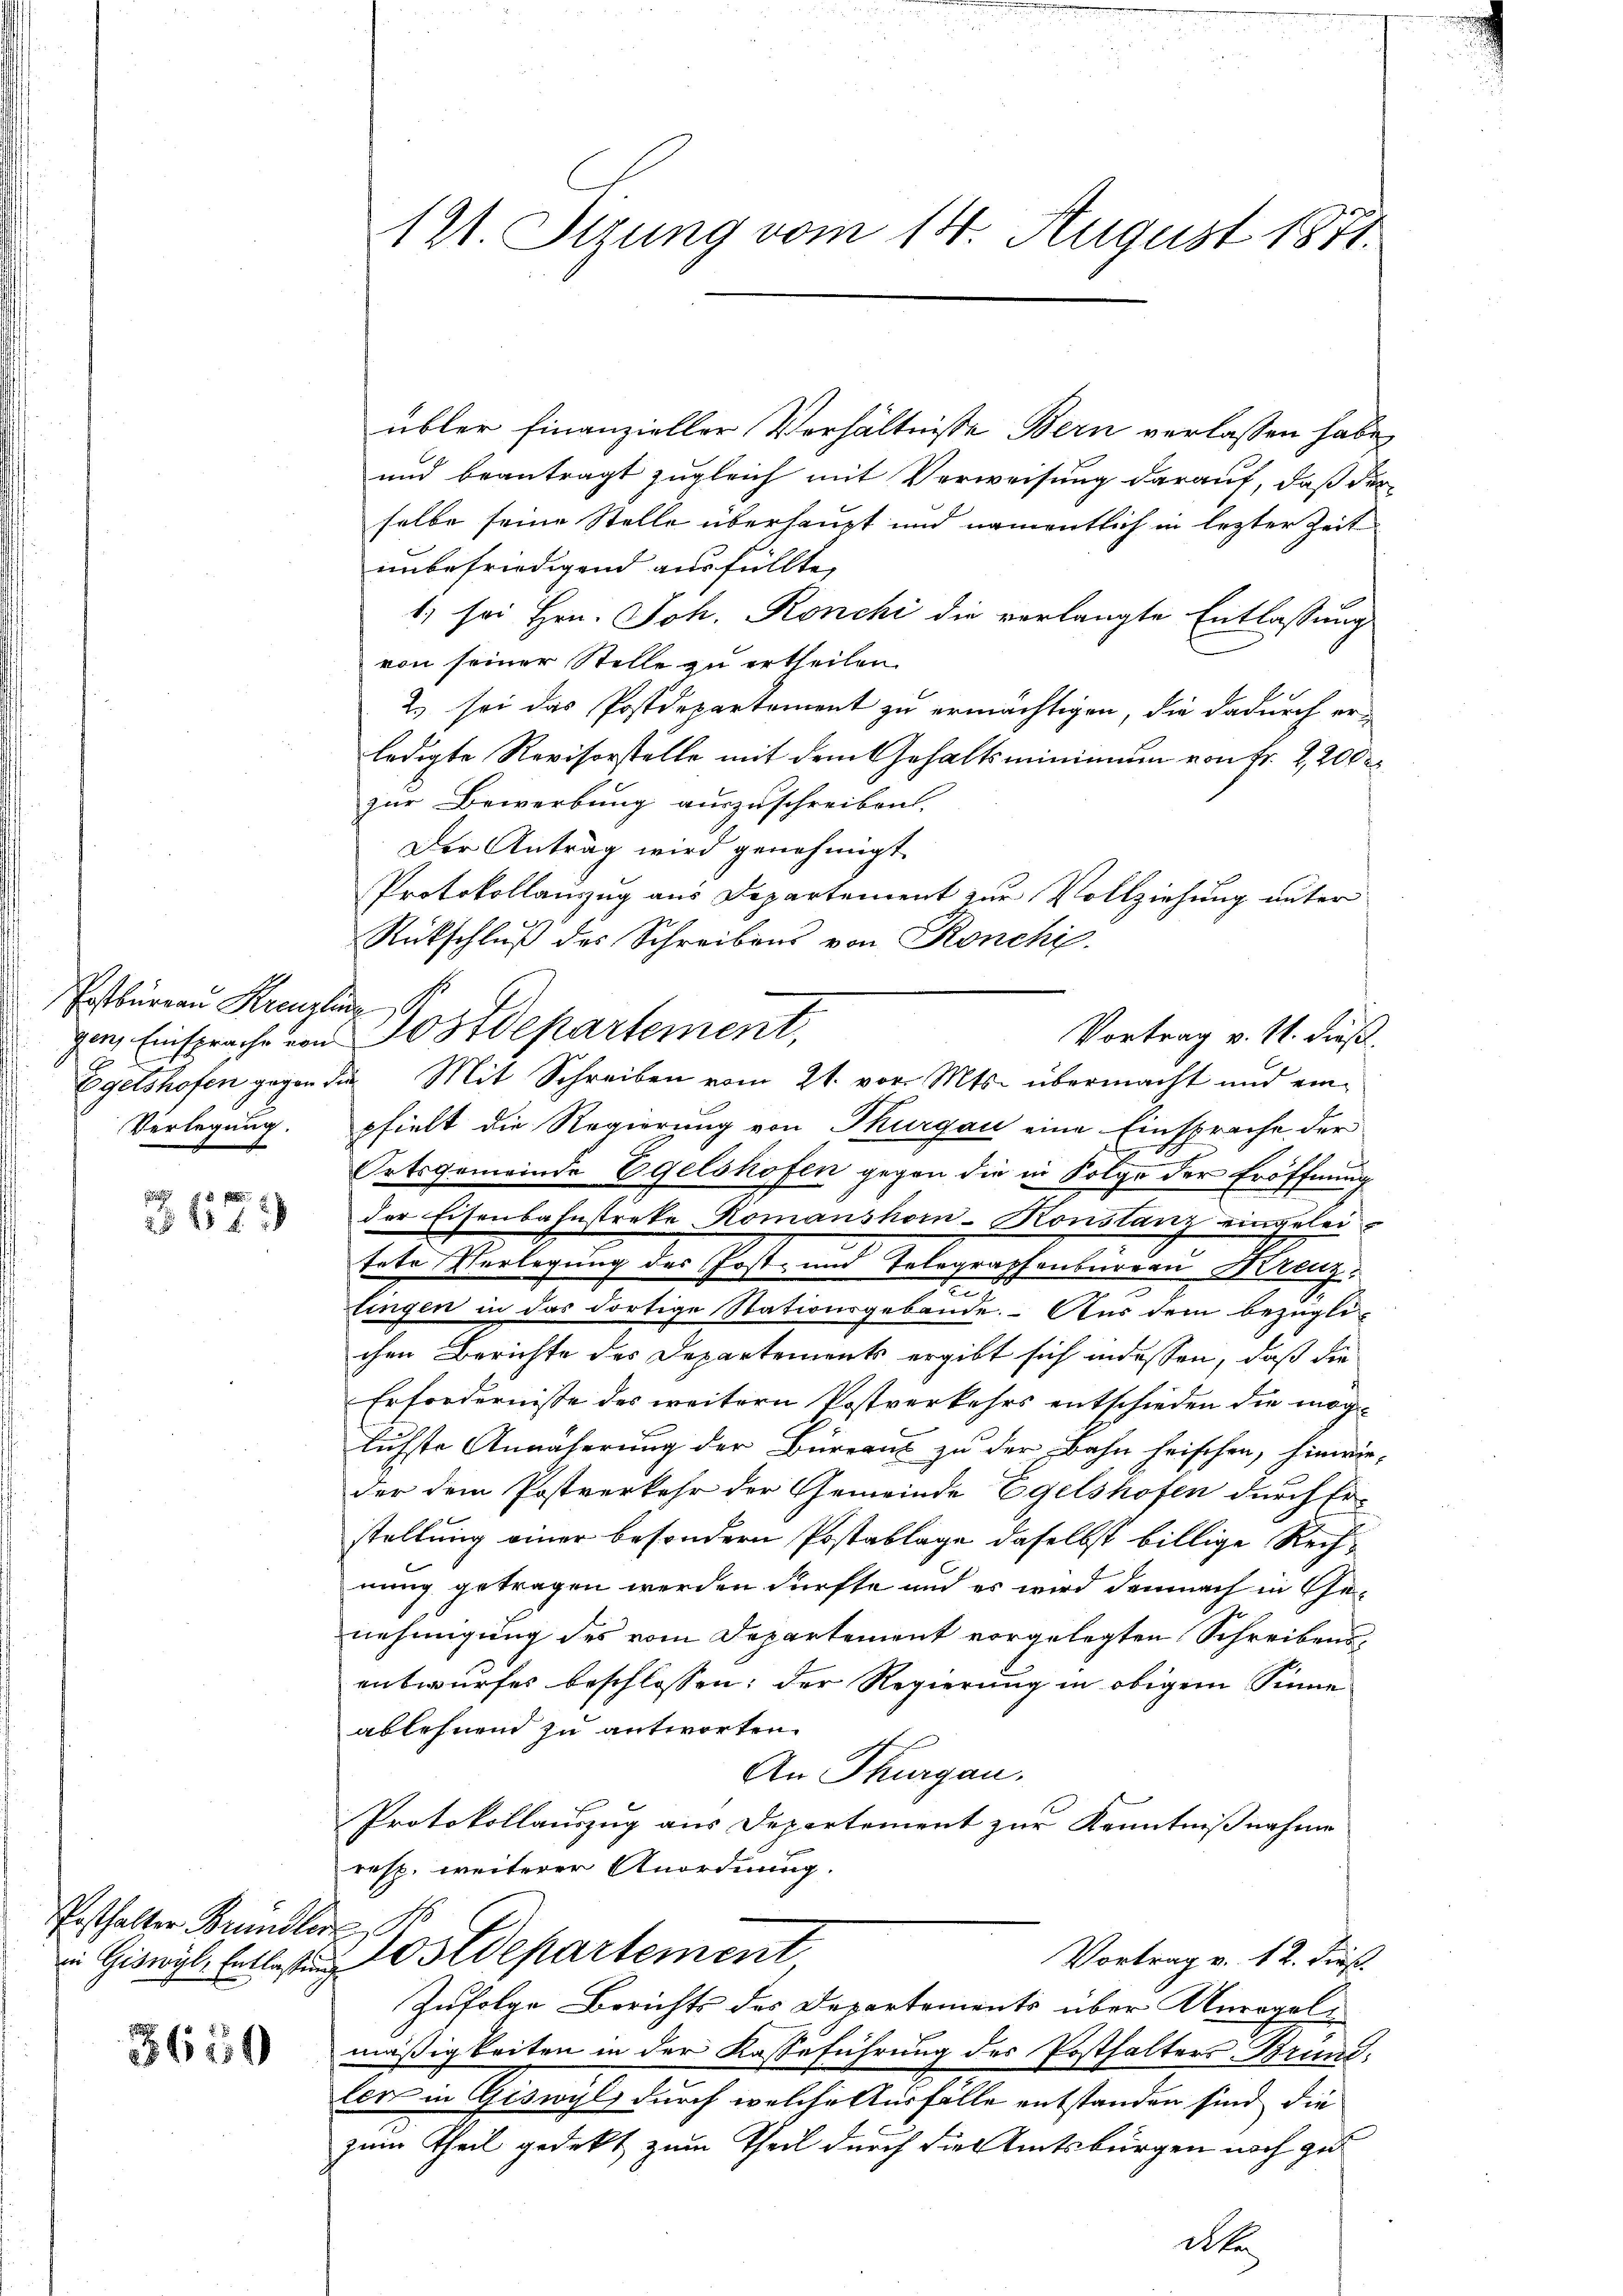
Postbureau Kreuzling 19
Verlegung.

s
679

Posthalter Bründler
in Giswyl, Entlastung

3650

12. Sizung vom 14. August 1871.

übler finanzieller Verhältnisse Bern verlassen habe,
und beantragt zugleich mit Verweisung darauf, daß der
selbe seine Stelle überhaupt und namentlich in letzter Zeit
unbefriedigend ausfüllte,
1) sei Hrn. Joh. Ronchi die vorlangte Entlassung
von seiner Stelle zu ertheilen.
2) sei das Postdepartement zu ermächtigen, die dadurch er-
ledigte Revisorstelle mit dem Gehaltsminimum von Fr. 2,200 r
zur Bewerbung auszuschreiben.
Der Antrag wird genehmigt.
Protokollanzug aus Departement zur Vollziehung unter
Rückschluß des Schreibens von Ronchi
gen, Einsprache von Postdepartement,
Egetshofen gegen die Mit Schreiben vom 21. vor. Mts. übermacht und einpfielt die Regierung von Thurgau eine Einsprache der
Ortsgemeinde Egelshofen gegen die in Folge der Eröffnung
der Eisenbahnstreke Romanshorn-Konstanz eingeleitete Verlegung des Post- und Telegraphenburgau Kreuz.
tingen in das dortige Stationsgebäude. Aus dem bezügli-
chen Berichte des Departements ergibt sich indessen, daß die
Erfordernisse des weitern Postverkehrs entschieden die möglichste Annäherung der Büreaus zu der Bahn heischen, hinwie-
der dem Postverkehr der Gemeinde Egelshofen durch Er-
stellung einer besondern Postablage daselbst billige Rechnung getragen werden dürfte und es wird demnach in Genehmigung des vom Departement vorgelegten Schreibensentwurfes beschlossen; der Regierung in obigem Sinne
ablehnend zu antworten.
An Thurgau.
Protokollauszug aus Departement zur Kenntnißnahme
resp. weiterer Anordnung.

Postdepartement
Vortrag v. 12. dieß.
Zufolge Berichts des Departements über Anregel
mäßigkeiten in der Kasseführung des Posthalters Brund-
lors in Giswyl, durch welche Ausfälle entstanden sind, die
zum Theil gedekt zum Theil durch die Amtsbürgen noch zu

Vortrag v. 11. dieß.

dte